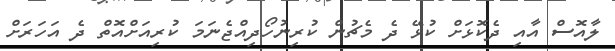
ލާއޮސް އާއި ދެކޮޅަށް ކުޅޭ ދެ މެޗުން ކުރިނުހޯދިއްޖެނަމަ ކުރިއަށްއޮތް ދެ އަހަރަށް